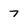
Character: 7